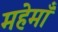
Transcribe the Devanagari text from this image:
महेमाँ